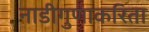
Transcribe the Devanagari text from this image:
नाडीगुणाकरिता